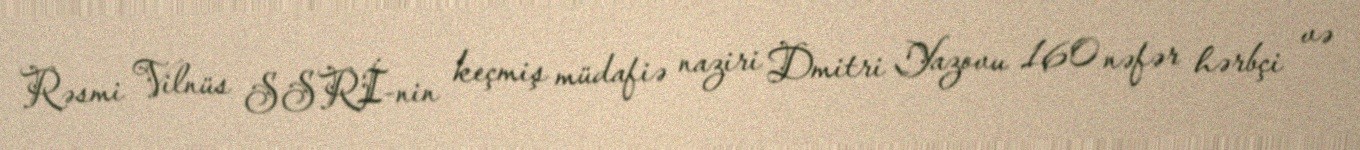
Rəsmi Vilnüs SSRİ-nin keçmiş müdafiə naziri Dmitri Yazovu 160 nəfər hərbçi və